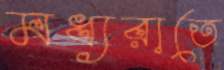
মধ্যরাতে